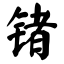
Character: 锗